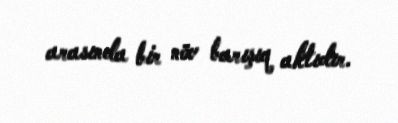
arasında bir növ barışıq aktıdır.